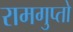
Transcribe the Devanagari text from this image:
रामगुप्तो